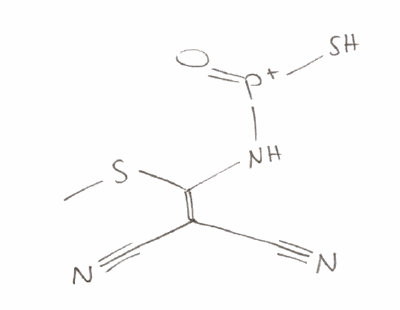
Simplified molecular-input line-entry system (SMILES) notation of the given molecule:
CSC(=C(C#N)C#N)N[P+](=O)S